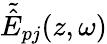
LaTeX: {\tilde{\hat{E}}}_{pj}(z,\omega)